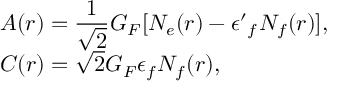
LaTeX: \begin{array} { l } { { A ( r ) = \displaystyle \frac { 1 } { \sqrt 2 } G _ { F } [ N _ { e } ( r ) - { \epsilon ^ { \prime } } _ { f } N _ { f } ( r ) ] , } } \\ { { C ( r ) = \sqrt 2 G _ { F } \epsilon _ { f } N _ { f } ( r ) , } } \end{array}